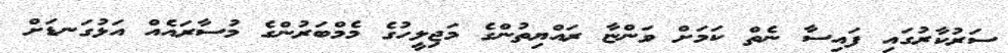
ސަރުކާރުގައި ފައިސާ ނެތް ކަމަށް ވަންޏާ ރައްޔިތުންގެ މަޖިލީހުގެ މެމްބަރުންގެ މުސާރައެއް އަޅުގަނޑަށް